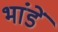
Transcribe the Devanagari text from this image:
भांडें